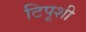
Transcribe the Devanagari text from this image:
टिपूशी